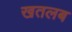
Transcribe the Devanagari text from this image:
खतलब